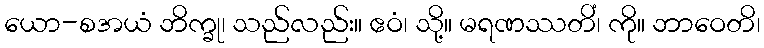
ယော-စအယံ ဘိက္ခု၊ သည်လည်း။ ဧဝံ၊ သို့။ မရဏဿတိံ၊ ကို။ ဘာဝေတိ၊